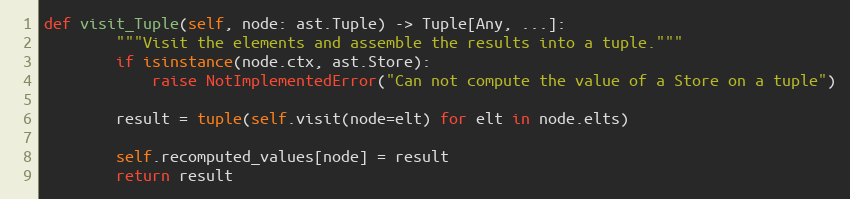
Language: Python
def visit_Tuple(self, node: ast.Tuple) -> Tuple[Any, ...]:
        """Visit the elements and assemble the results into a tuple."""
        if isinstance(node.ctx, ast.Store):
            raise NotImplementedError("Can not compute the value of a Store on a tuple")

        result = tuple(self.visit(node=elt) for elt in node.elts)

        self.recomputed_values[node] = result
        return result